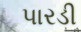
પારડી